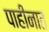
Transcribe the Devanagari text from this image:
पाहीनात